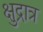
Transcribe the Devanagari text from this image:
क्षुद्रात्र